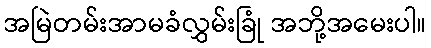
အမြဲတမ်းအာမခံလွှမ်းခြုံ အဘို့အမေးပါ။